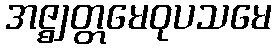
အဇ္ဈတ္တမေဝုပသမေ